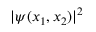
| \psi ( x _ { 1 } , x _ { 2 } ) | ^ { 2 }